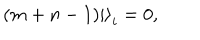
( m + n - 1 ) \left| \right> _ { i } = 0 ,